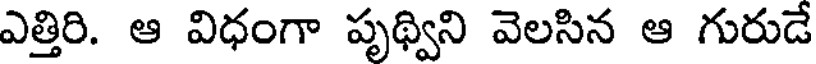
ఎత్తిరి. ఆ విధంగా పృథ్విని వెలసిన ఆ గురుడే